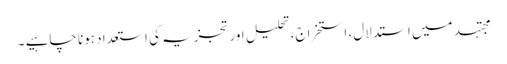
مجتہد میں استدلال، استخراج، تحلیل اور تجزیہ کی استعداد ہونا چاہیے ۔